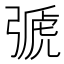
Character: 𢐋